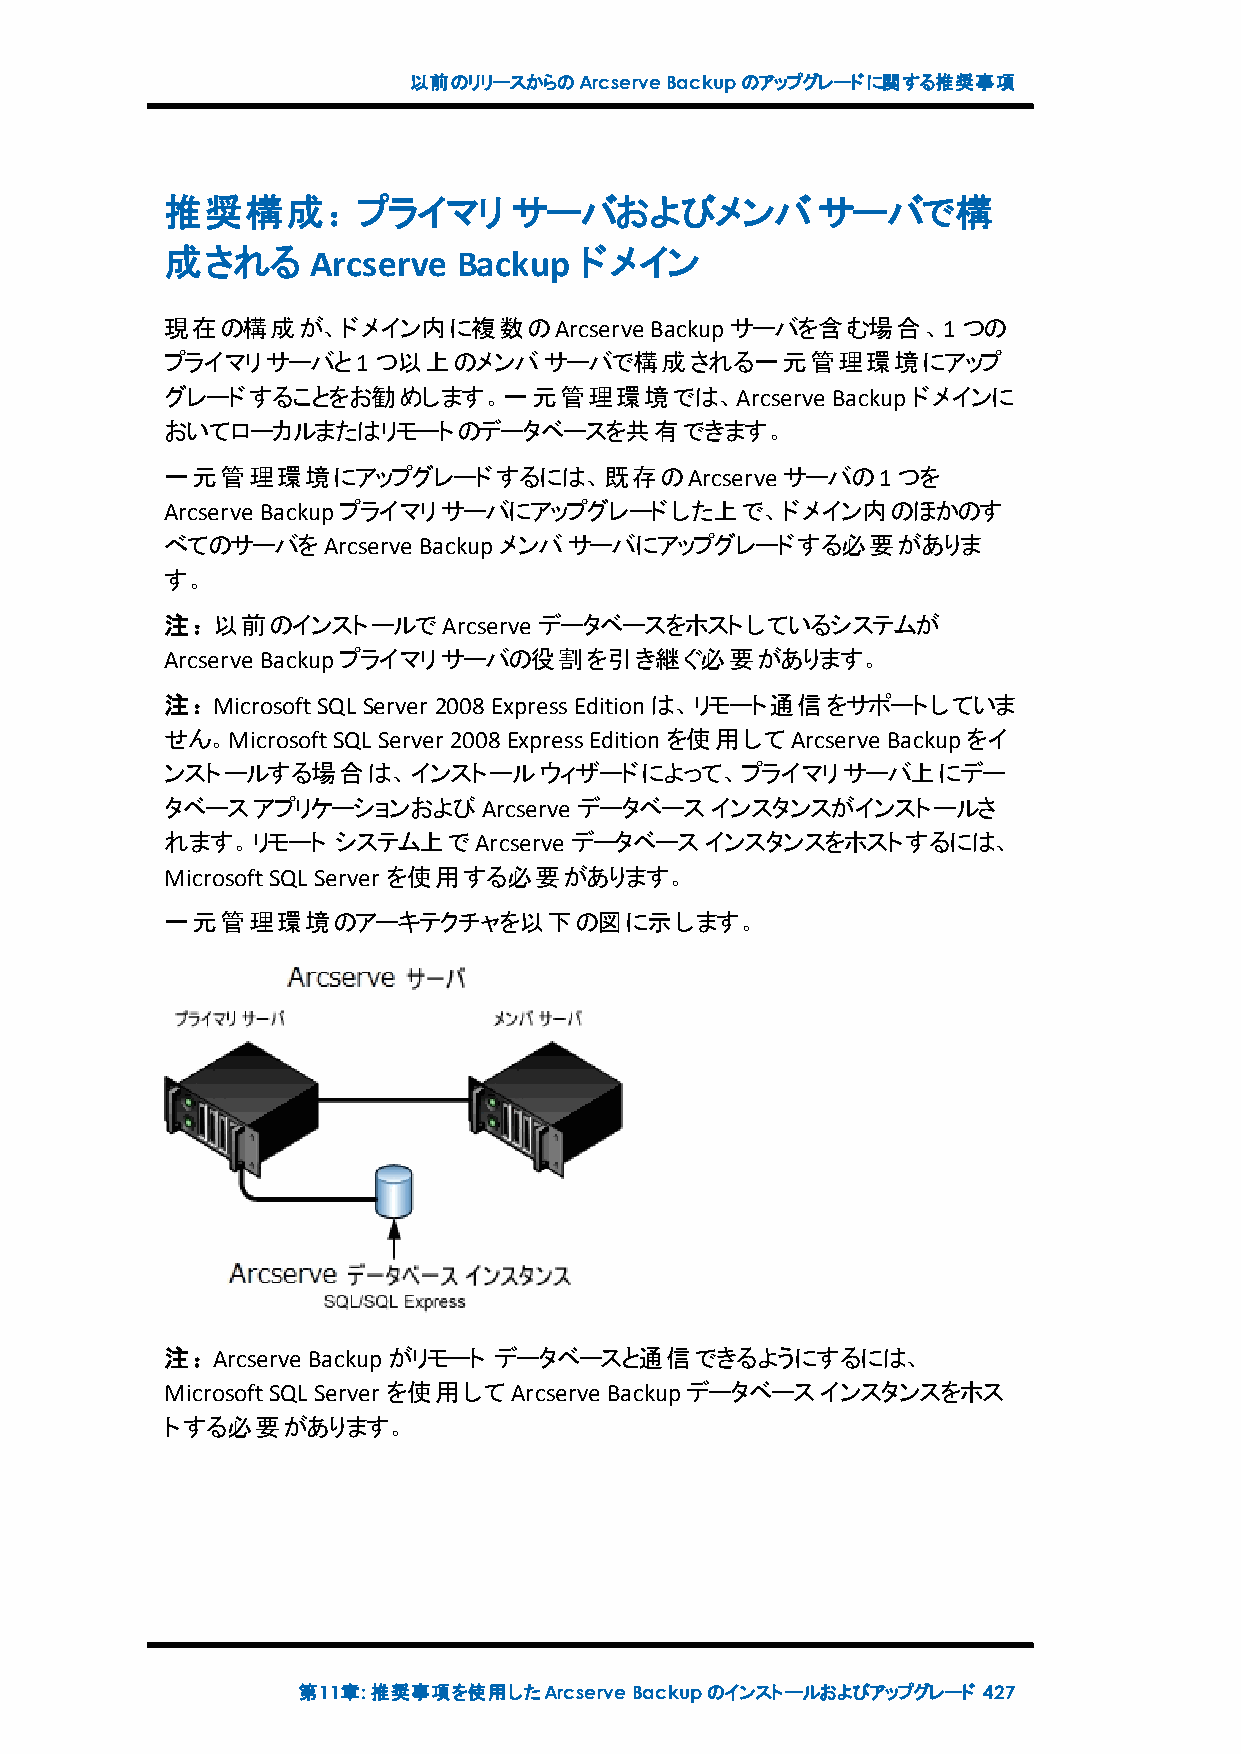
以前のリリースからのArcserveBackupのアップグレードに関する推奨事項
 推奨構成：プライマリ             サーバおよびメンバサーバで構
 成される     Arcserve  Backup  ドメイン
 現在の構成が、ドメイン内に複数のArcserve        Backupサーバを含む場合、1つの
 プライマリサーバと1つ以上のメンバサーバで構成される一元管理環境にアップ
 グレードすることをお勧めします。一元管理環境では、Arcserve           Backupドメインに
 おいてローカルまたはリモートのデータベースを共有できます。
 一元管理環境にアップグレードするには、既存のArcserve           サーバの1つを
 Arcserve Backupプライマリサーバにアップグレードした上で、ドメイン内のほかのす
 べてのサーバをArcserve  Backupメンバサーバにアップグレードする必要がありま
 す。
 注：以前のインストールでArcserve     データベースをホストしているシステムが
 Arcserve Backupプライマリサーバの役割を引き継ぐ必要があります。
 注：MicrosoftSQL Server 2008ExpressEditionは、リモート通信をサポートしていま
 せん。MicrosoftSQL Server 2008ExpressEditionを使用してArcserve Backupをイ
 ンストールする場合は、インストールウィザードによって、プライマリサーバ上にデー
 タベースアプリケーションおよびArcserve    データベースインスタンスがインストールさ
 れます。リモート   システム上でArcserve  データベースインスタンスをホストするには、
 MicrosoftSQL Server を使用する必要があります。
 一元管理環境のアーキテクチャを以下の図に示します。
 注：Arcserve Backupがリモート データベースと通信できるようにするには、
 MicrosoftSQL Server を使用してArcserve Backupデータベースインスタンスをホス
 トする必要があります。
 第11章:推奨事項を使用したArcserveBackupのインストールおよびアップグレード 427